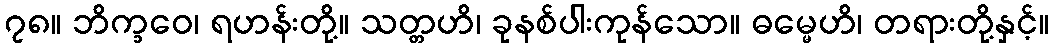
၇၈။ ဘိက္ခဝေ၊ ရဟန်းတို့။ သတ္တဟိ၊ ခုနစ်ပါးကုန်သော။ ဓမ္မေဟိ၊ တရားတို့နှင့်။